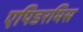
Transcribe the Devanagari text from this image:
एपिडरमिस